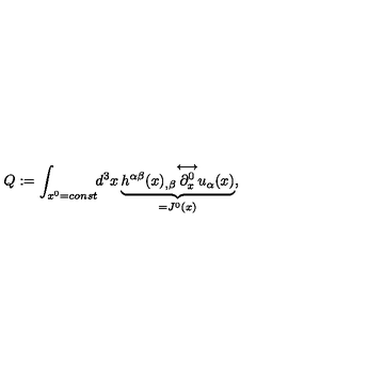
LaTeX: Q : = \int _ { x ^ { 0 } = c o n s t } \! \! d ^ { 3 } x \underbrace { h ^ { \alpha \beta } ( x ) _ { , \beta } { \stackrel { \longleftrightarrow } { \partial _ { x } ^ { 0 } } } u _ { \alpha } ( x ) } _ { = J ^ { 0 } ( x ) } ,